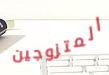
المتزوجين